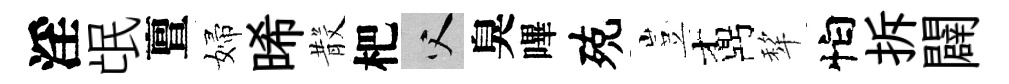
淫氓亶婦晞𣪚杷父臭嗶殑豈鼒犂怕拆闢